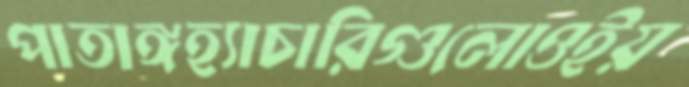
পাতাঙ্গহ্যাচারিগুলোওইয়